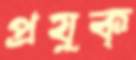
প্রযুক্